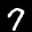
Label: 7